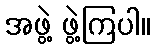
အဖွဲ့ ဖွဲ့ကြပါ။